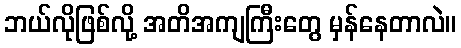
ဘယ်လိုဖြစ်လို့ အတိအကျကြီးတွေ မှန်နေတာလဲ။